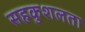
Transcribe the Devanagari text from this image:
सहकुशलता